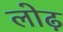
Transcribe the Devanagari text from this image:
लोढ़